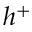
h ^ { + }